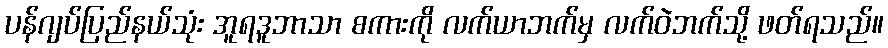
ပန်ဂျပ်ပြည်နယ်သုံး အူရဒူဘာသာ စကားကို လက်ယာဘက်မှ လက်ဝဲဘက်သို့ ဖတ်ရသည်။